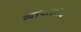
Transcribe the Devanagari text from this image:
व्यापारसंघ